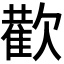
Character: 𭭕